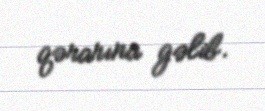
qərarına gəlib.